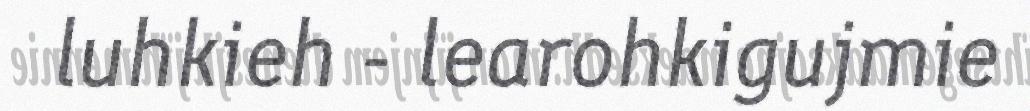
luhkieh - learohkigujmie